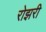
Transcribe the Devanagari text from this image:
रोझरी